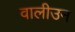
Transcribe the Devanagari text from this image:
वालीउन